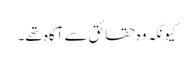
کیونکہ وہ حقائق سے آگاہ تھے۔